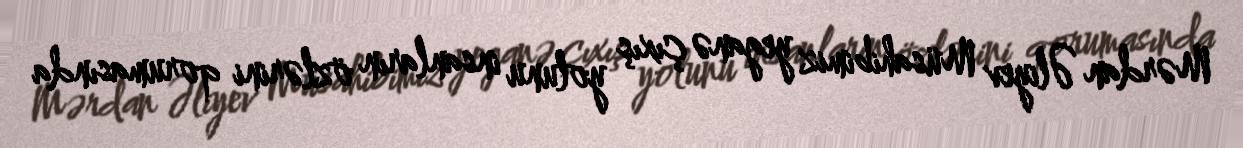
Mərdan Əliyev Müsahibimiz yeganə çıxış yolunu insanların özlərini qorumasında